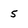
Character: 5